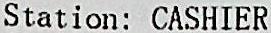
STATION: CASHIER